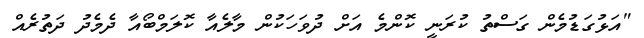
"އަޅުގަޑުމެން ގަސްތު ކުރަނީ ކޮންމެ އަށް ދުވަހަކުން މާލެއާ ކޮލަމްބޯއާ ދެމެދު ދަތުރެއް